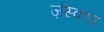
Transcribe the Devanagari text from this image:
ज़ंस्कार